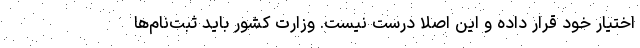
اختیار خود قرار داده و این اصلا درست نیست. وزارت کشور باید ثبت‌نام‌ها